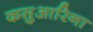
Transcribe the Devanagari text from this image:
कसुआरिना